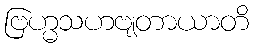
ဗြဟ္မသဟဗျတာယာတိ